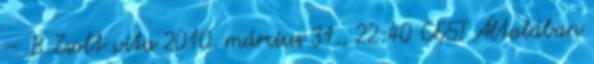
– B.Zsolt vita 2010. március 31., 22:40 CEST Általában